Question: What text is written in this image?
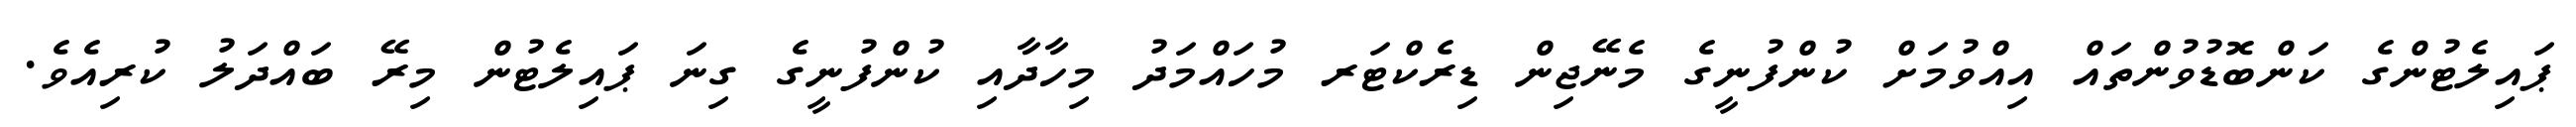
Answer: ޕައިލެޓުންގެ ކަންބޮޑުވުންތައް އިއްވުމަށް ކުންފުނީގެ މެނޭޖިން ޑިރެކްޓަރ މުހައްމަދު މިހާދާއި ކުންފުނީގެ ގިނަ ޕައިލެޓުން މިރޭ ބައްދަލު ކުރިއެވެ.